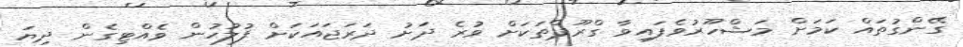
ގޭންގުތައް ކަމަށް މަޝްހޫރުވެފައިވާ ގްރޫޕްތަކަށް ވުރެ ދަށު ދަރަޖައަކަށް ފުލުހުން ވެއްޓިގެން ދިޔަ